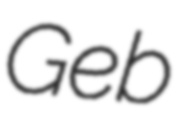
Geb